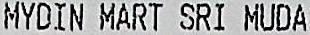
MYDIN MART SRI MUDA